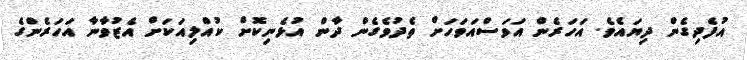
އުފެދިގެން ދިޔައެވެ. އަހަރެން އަވަސްއަވަހަށް ތެދުވެގެން ދާން އުޅެނިކޮށް ކުއްލިއަކަށް އެޒުވާނާ އަހަރެންގެ